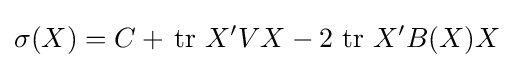
\sigma (X)=C+\,\operatorname {tr} \,X'VX-2\,\operatorname {tr} \,X'B(X)X